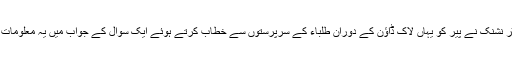
ڈاکٹر نشنک نے پیر کو یہاں لاک ڈاؤن کے دوران طلباء کے سرپرستوں سے خطاب کرتے ہوئے ایک سوال کے جواب میں یہ معلومات دی۔